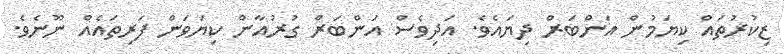
ޒިކުރުތައް ކިޔަމުން އަންބަރް ދިޔައެވެ. އަދިވެސް އަންބަރް ގުރުއާން ކިޔަވަން ފަރިތައެއް ނޫނެވެ.